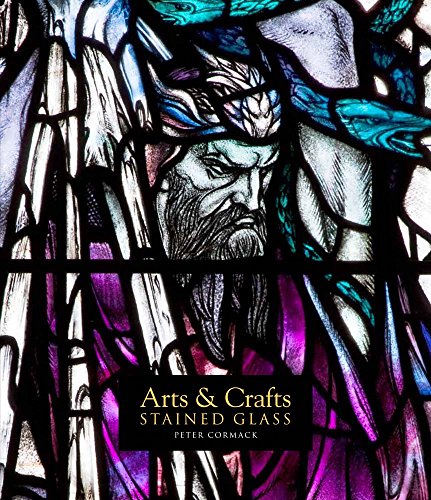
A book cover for Arts & Crafts Stained Glass; Peter Cormack; Crafts, Hobbies & Home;